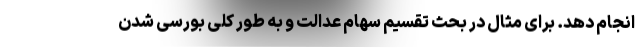
انجام دهد. برای مثال در بحث تقسیم سهام عدالت و به طور کلی بورسی شدن